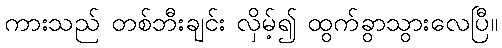
ကားသည် တစ်ဘီးချင်း လှိမ့်၍ ထွက်ခွာသွားလေပြီ။